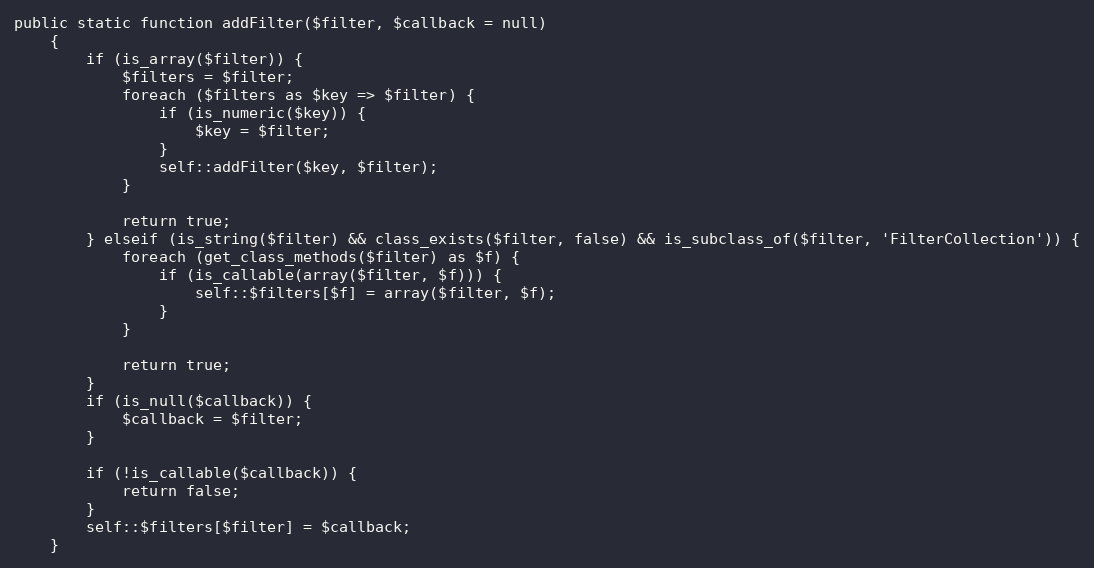
Language: PHP
public static function addFilter($filter, $callback = null)
    {
        if (is_array($filter)) {
            $filters = $filter;
            foreach ($filters as $key => $filter) {
                if (is_numeric($key)) {
                    $key = $filter;
                }
                self::addFilter($key, $filter);
            }

            return true;
        } elseif (is_string($filter) && class_exists($filter, false) && is_subclass_of($filter, 'FilterCollection')) {
            foreach (get_class_methods($filter) as $f) {
                if (is_callable(array($filter, $f))) {
                    self::$filters[$f] = array($filter, $f);
                }
            }

            return true;
        }
        if (is_null($callback)) {
            $callback = $filter;
        }

        if (!is_callable($callback)) {
            return false;
        }
        self::$filters[$filter] = $callback;
    }